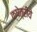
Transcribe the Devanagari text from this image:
क्षेत्रीये